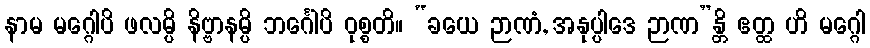
နာမ မဂ္ဂေါပိ ဖလမ္ပိ နိဗ္ဗာနမ္ပိ ဘင်္ဂေါပိ ဝုစ္စတိ။ “ခယေ ဉာဏံ, အနုပ္ပါဒေ ဉာဏ”န္တိ ဧတ္ထ ဟိ မဂ္ဂေါ